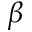
\beta